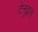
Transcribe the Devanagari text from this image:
टेनुइस